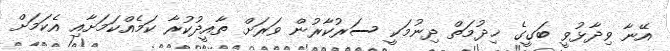
އޭނާ ވިދާޅުވީ ބަގީގެ ޚިދުމަތް ދިނުމަކީ ސަރުކާރުން ވަރަށް ތާއީދުކުރާ ކަމެއްކަމަށާއި އެކަމަށް